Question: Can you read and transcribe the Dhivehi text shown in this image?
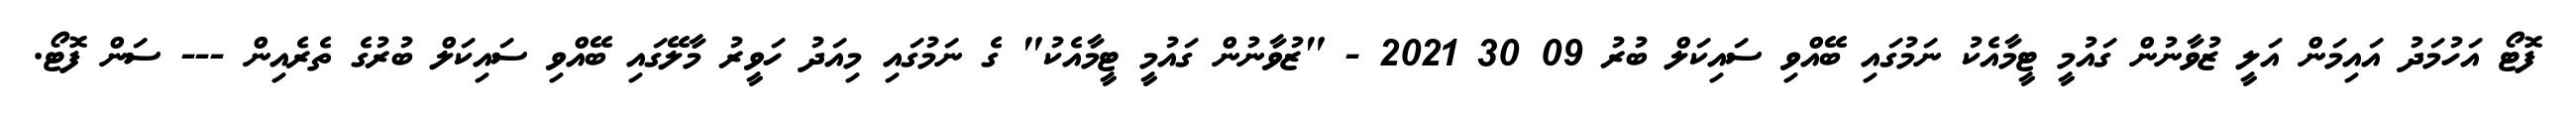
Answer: ފޮޓޯ އަހުމަދު އައިމަން އަލީ ޒުވާނުން ގައުމީ ޓީމާއެކު ނަމުގައި ބޭއްވި ސައިކަލް ބުރު 09 30 2021 - "ޒުވާނުން ގައުމީ ޓީމާއެކު" ގެ ނަމުގައި މިއަދު ހަވީރު މާލޭގައި ބޭއްވި ސައިކަލް ބުރުގެ ތެރެއިން --- ސަން ފޮޓޯ.